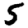
Digit: 5